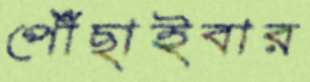
পৌঁছাইবার